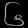
Digit: ၆